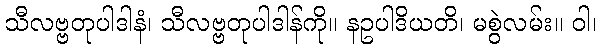
သီလဗ္ဗတုပါဒါနံ၊ သီလဗ္ဗတုပါဒါန်ကို။ နဥပါဒိယတိ၊ မစွဲလမ်း။ ဝါ၊